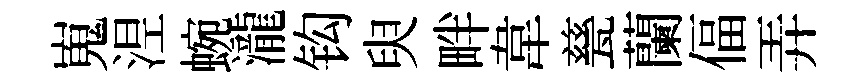
嵬𣵀蜿瀧钩臾畔韋甆蘭偪弄